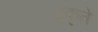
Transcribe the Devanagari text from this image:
प्रकृते